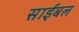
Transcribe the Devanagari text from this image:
साईबल